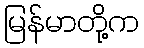
မြန်မာတို့က